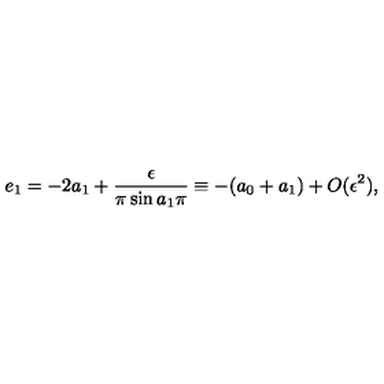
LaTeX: e _ { 1 } = - 2 a _ { 1 } + \frac { \epsilon } { \pi \sin a _ { 1 } \pi } \equiv - ( a _ { 0 } + a _ { 1 } ) + O ( \epsilon ^ { 2 } ) ,